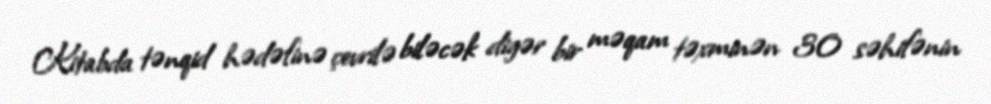
Kitabda tənqid hədəfinə çevrilə biləcək digər bir məqam təxminən 30 səhifənin